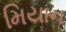
મિયાન